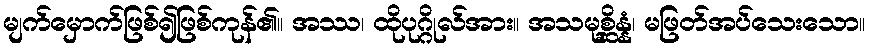
မျက်မှောက်ဖြစ်၍ဖြစ်ကုန်၏။ အဿ၊ ထိုပုဂ္ဂိုလ်အား။ အသမုစ္ဆိန္နံ၊ မဖြတ်အပ်သေးသော။